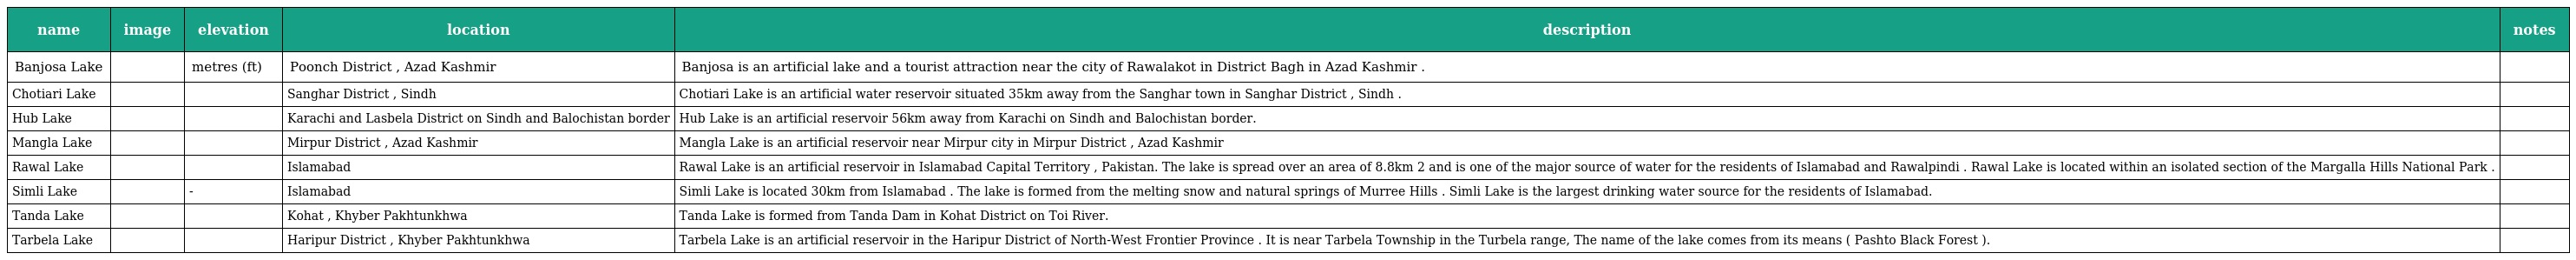
| name | image | elevation | location | description | notes |
 | --- | --- | --- | --- | --- | --- |
 | Banjosa Lake |  | metres (ft) | Poonch District , Azad Kashmir | Banjosa is an artificial lake and a tourist attraction near the city of Rawalakot in District Bagh in Azad Kashmir . |  |
 | Chotiari Lake |  |  | Sanghar District , Sindh | Chotiari Lake is an artificial water reservoir situated 35km away from the Sanghar town in Sanghar District , Sindh . |  |
 | Hub Lake |  |  | Karachi and Lasbela District on Sindh and Balochistan border | Hub Lake is an artificial reservoir 56km away from Karachi on Sindh and Balochistan border. |  |
 | Mangla Lake |  |  | Mirpur District , Azad Kashmir | Mangla Lake is an artificial reservoir near Mirpur city in Mirpur District , Azad Kashmir |  |
 | Rawal Lake |  |  | Islamabad | Rawal Lake is an artificial reservoir in Islamabad Capital Territory , Pakistan. The lake is spread over an area of 8.8km 2 and is one of the major source of water for the residents of Islamabad and Rawalpindi . Rawal Lake is located within an isolated section of the Margalla Hills National Park . |  |
 | Simli Lake |  | - | Islamabad | Simli Lake is located 30km from Islamabad . The lake is formed from the melting snow and natural springs of Murree Hills . Simli Lake is the largest drinking water source for the residents of Islamabad. |  |
 | Tanda Lake |  |  | Kohat , Khyber Pakhtunkhwa | Tanda Lake is formed from Tanda Dam in Kohat District on Toi River. |  |
 | Tarbela Lake |  |  | Haripur District , Khyber Pakhtunkhwa | Tarbela Lake is an artificial reservoir in the Haripur District of North-West Frontier Province . It is near Tarbela Township in the Turbela range, The name of the lake comes from its means ( Pashto Black Forest ). |  |